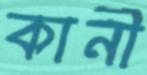
কানী